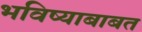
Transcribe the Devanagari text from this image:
भविष्याबाबत